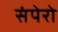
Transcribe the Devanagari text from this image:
संपेरो